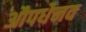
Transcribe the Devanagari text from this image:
औपधेनव